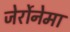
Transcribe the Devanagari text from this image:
जेर्रोनेमा